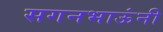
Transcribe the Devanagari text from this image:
सगनभाऊंनी